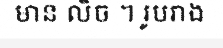
មាន លិច ។ រូបរាង